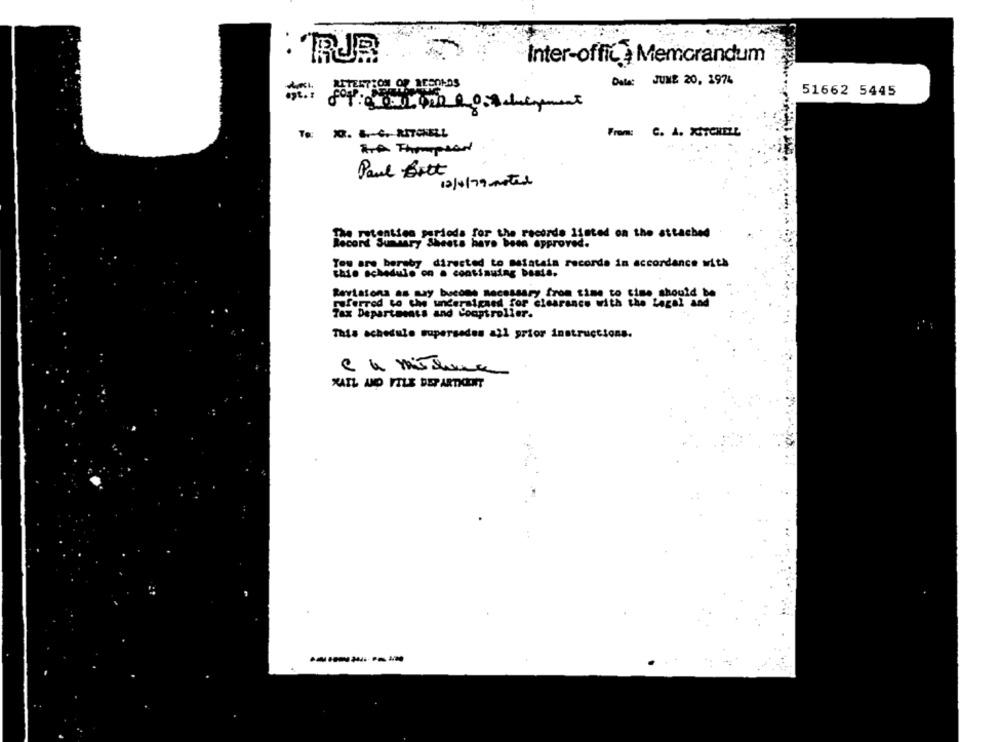
Inter-office Memorandum
Date: JUNE 20, 1974
HITACH OP AGEnLOS
51662 5445
To: XX. E. C. RITCELL
From: C. A. XSTCHEZL
HA Thompson
Paul Bitt
12/4/79 motel
The retention periods for the recorde listed on the attached
Record Summary Sheets have been approved.
You are hereby directed to Maintain recorde in accordance with
chie schedule on . continuing basta.
Revisions as may bucome necessary from time to cine should be
referred to the undersigned for clearance with the Legal and
Tax Departments and Comptroller.
This schedule supersedes all prior instructions.
MAIL AND FILE DEPARTICIENT